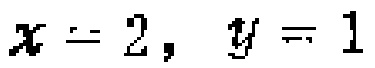
$x = 2, \ y = 1$